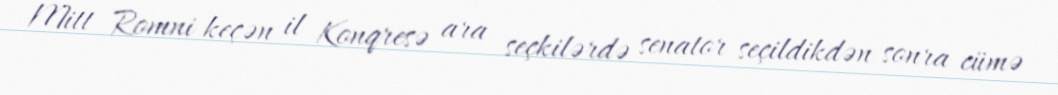
Mitt Romni keçən il Konqresə ara seçkilərdə senator seçildikdən sonra cümə